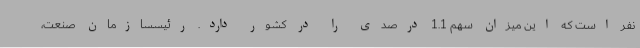
نفر است که این میزان سهم 1.1 درصدی را در کشور دارد. رئیسسازمان صنعت،